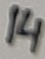
Text: 14